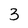
Character: 3